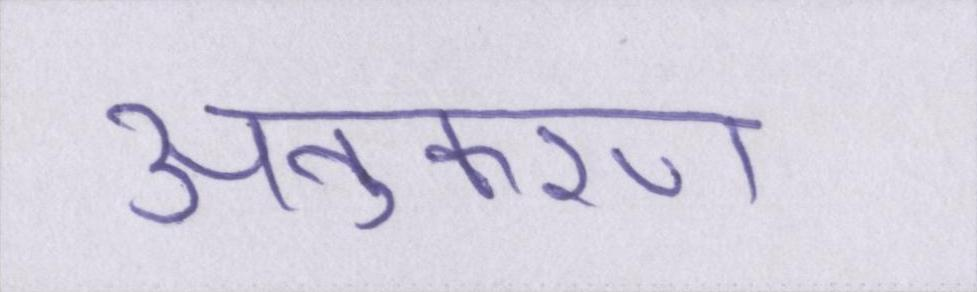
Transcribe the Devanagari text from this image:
अनुकरण